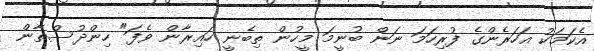
އެކަމަކު އަހަރެންގެ ފުރިހަމަ ނަން ބުނީމަ މީހުން ތިބެނީ ހައިރާން ވެފަ" ހިންދުސްތާން